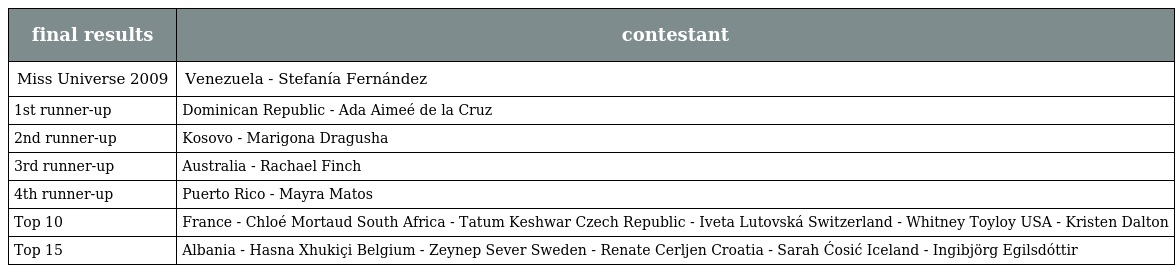
| final results | contestant |
 | --- | --- |
 | Miss Universe 2009 | Venezuela - Stefanía Fernández |
 | 1st runner-up | Dominican Republic - Ada Aimeé de la Cruz |
 | 2nd runner-up | Kosovo - Marigona Dragusha |
 | 3rd runner-up | Australia - Rachael Finch |
 | 4th runner-up | Puerto Rico - Mayra Matos |
 | Top 10 | France - Chloé Mortaud South Africa - Tatum Keshwar Czech Republic - Iveta Lutovská Switzerland - Whitney Toyloy USA - Kristen Dalton |
 | Top 15 | Albania - Hasna Xhukiçi Belgium - Zeynep Sever Sweden - Renate Cerljen Croatia - Sarah Ćosić Iceland - Ingibjörg Egilsdóttir |